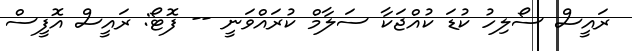
ރައީސް ސޯލިހު ކުޑަ ކުއްޖަކާ ސަލާމް ކުރައްވަނީ -- ފޮޓޯ: ރައީސް އޮފީސް